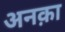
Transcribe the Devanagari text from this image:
अनक़ा